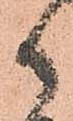
御